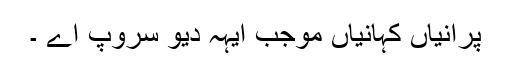
پرانیاں کہانیاں موجب ایہہ دیوَ سروپ اے ۔